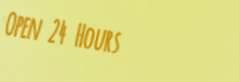
Open 24 Hours